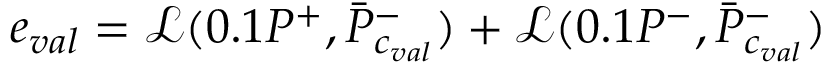
e _ { v a l } = \mathcal { L } ( 0 . 1 P ^ { + } , \bar { P } _ { c _ { v a l } } ^ { - } ) + \mathcal { L } ( 0 . 1 P ^ { - } , \bar { P } _ { c _ { v a l } } ^ { - } )